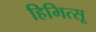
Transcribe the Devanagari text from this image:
हिमित्सू